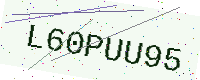
Text: L60PUU95